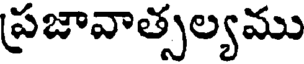
ప్రజావాత్సల్యము